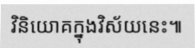
វិនិយោគក្នុងវិស័យនេះ៕